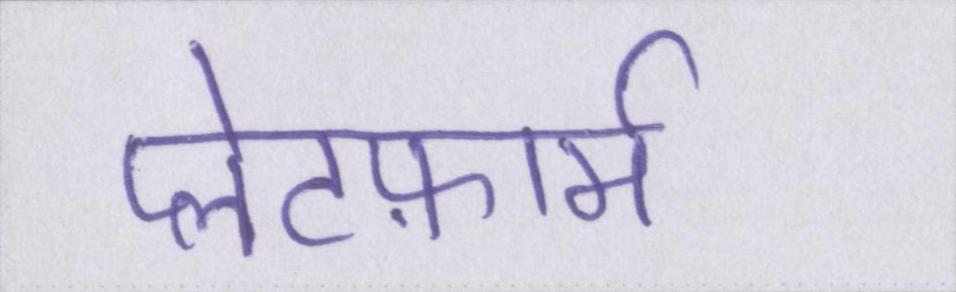
प्लेटफ़ार्म